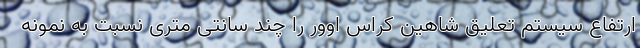
ارتفاع سیستم تعلیق شاهین کراس اوور را چند سانتی متری نسبت به نمونه